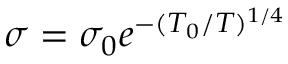
\sigma = \sigma _ { 0 } e ^ { - ( T _ { 0 } / T ) ^ { 1 / 4 } }